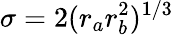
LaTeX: \sigma=2(r_{a}r_{b}^{2})^{1/3}